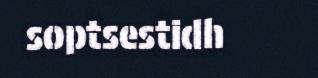
soptsestidh